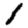
Digit: 1